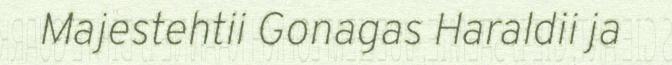
Majestehtii Gonagas Haraldii ja